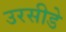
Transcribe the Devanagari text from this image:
उरसीडे